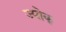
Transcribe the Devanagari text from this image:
ज्योक्